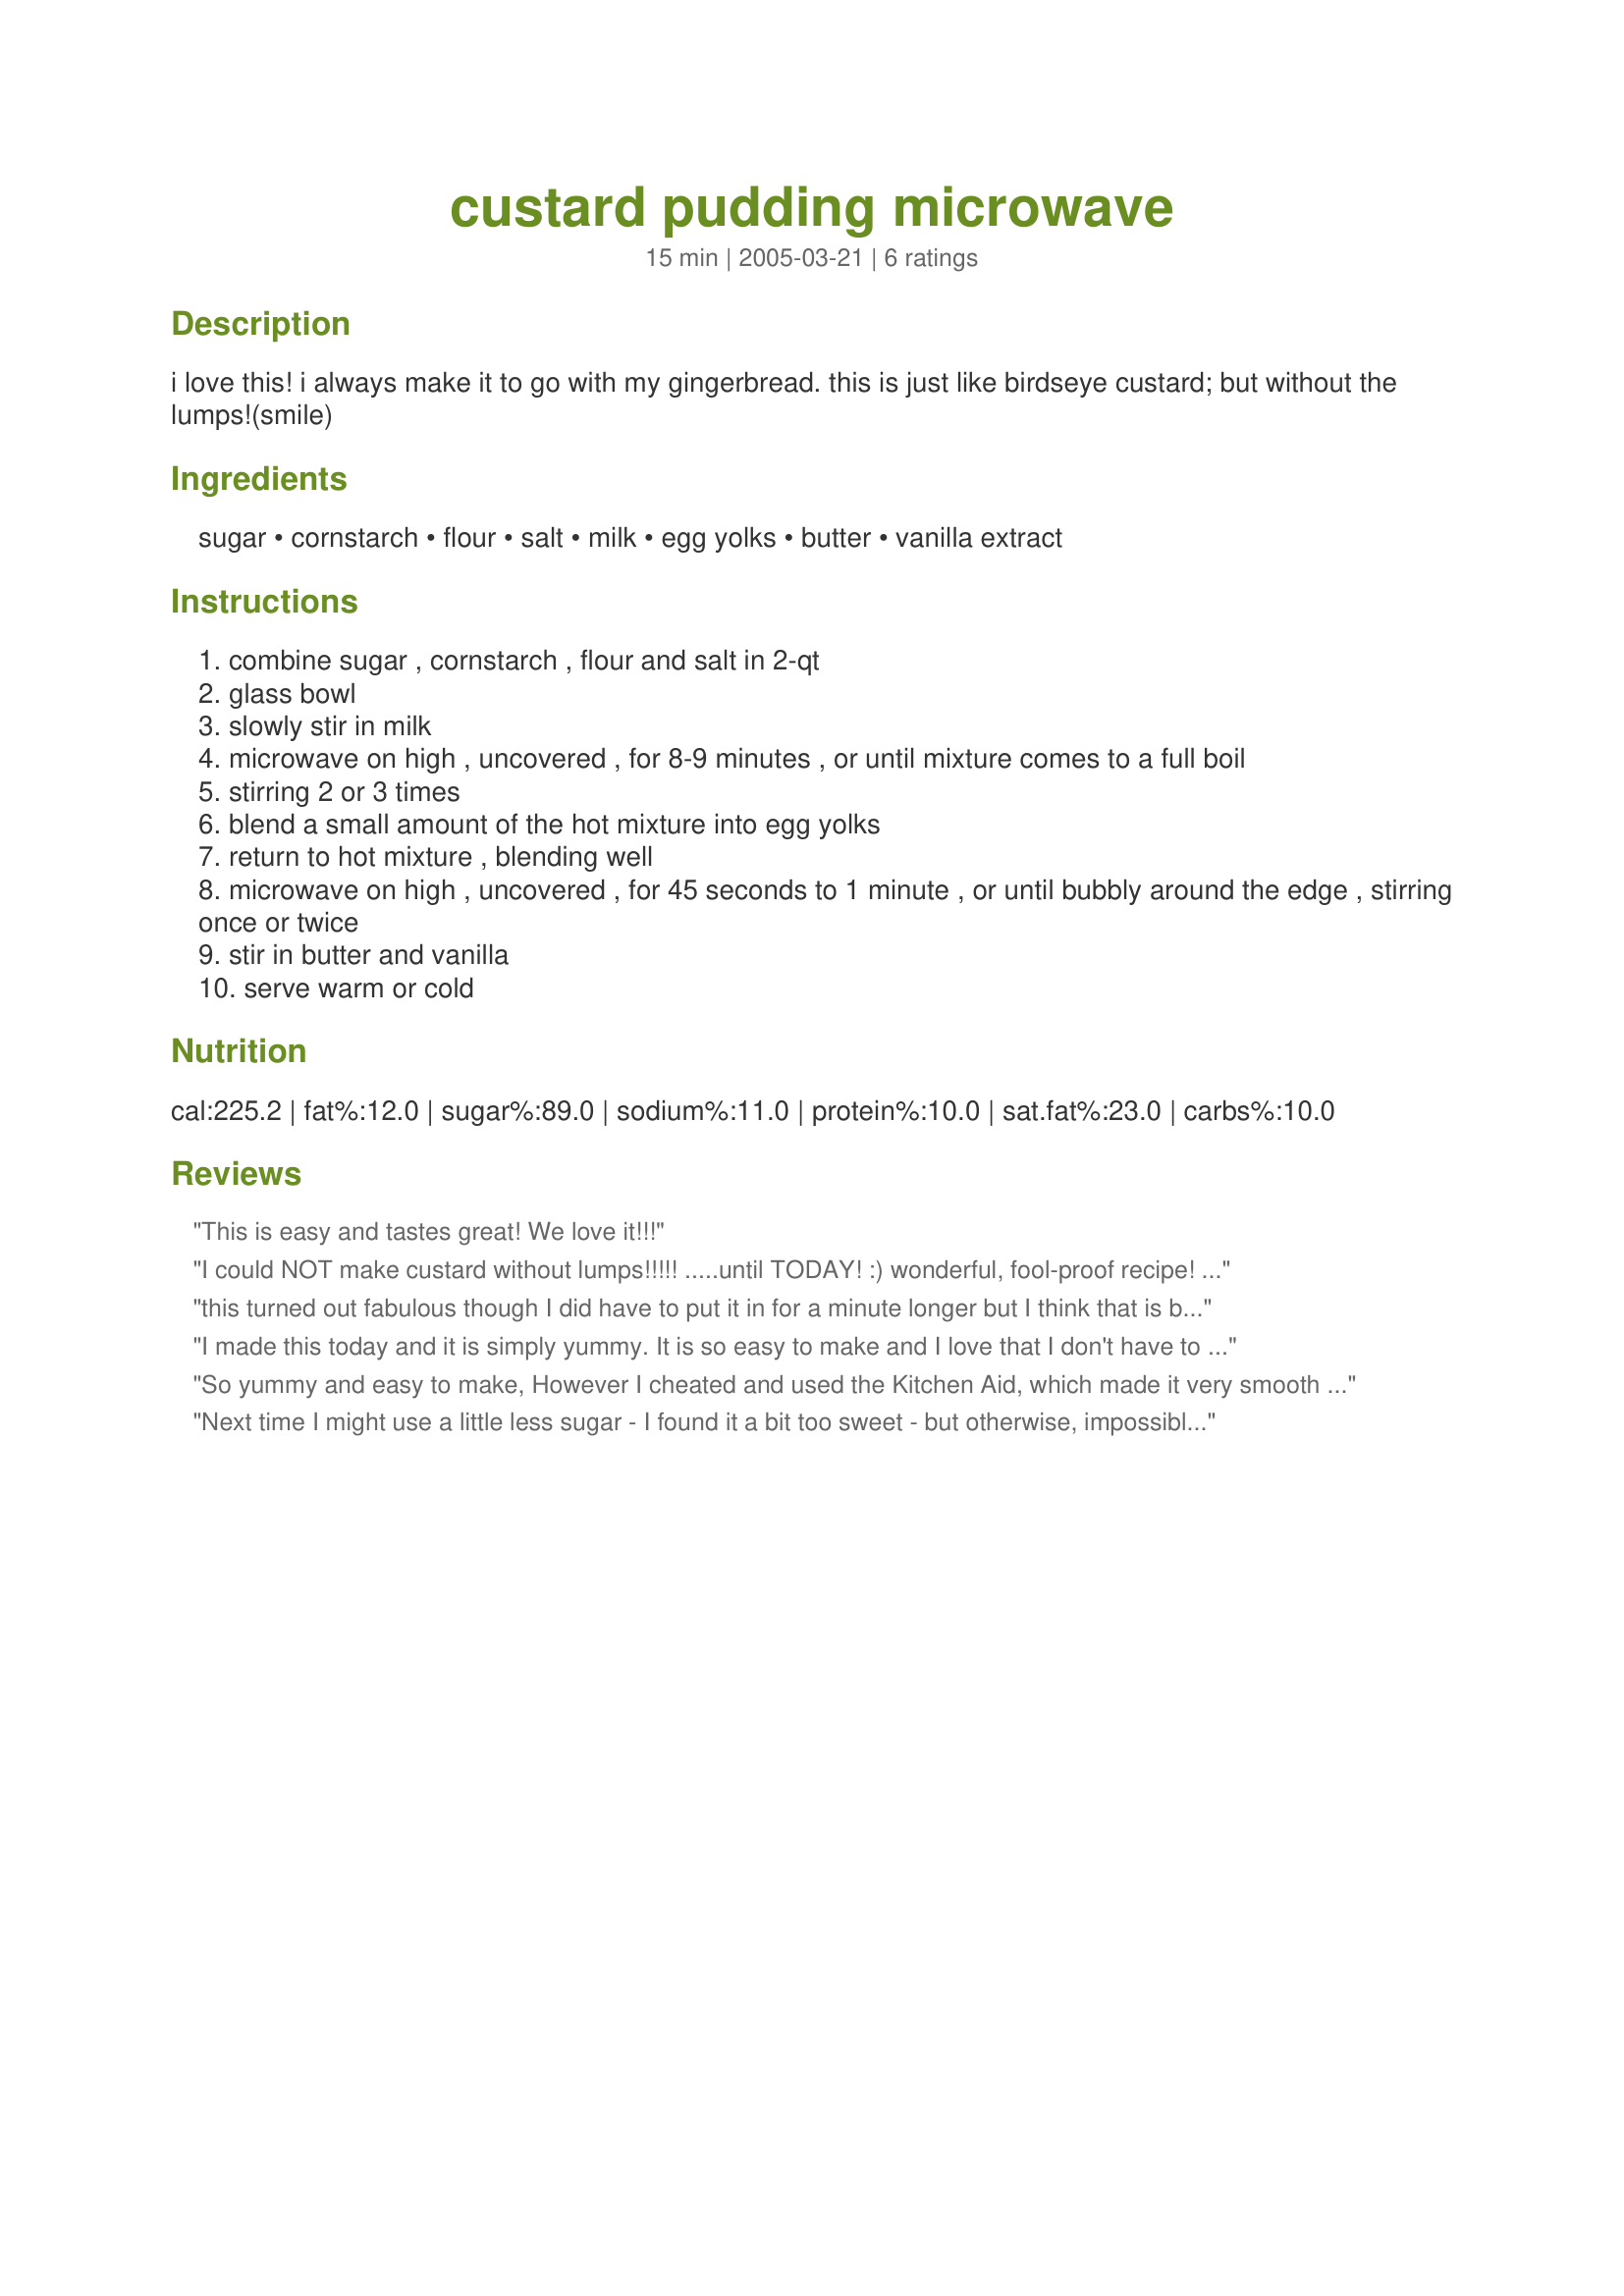
custard pudding microwave
Preparation time: 15 minutes

i love this! i always make it to go with my gingerbread.
this is just like birdseye custard; but without the lumps!(smile)

Ingredients:
sugar, cornstarch, flour, salt, milk, egg yolks, butter, vanilla extract

Steps:
combine sugar , cornstarch , flour and salt in 2-qt
glass bowl
slowly stir in milk
microwave on high , uncovered , for 8-9 minutes , or until mixture comes to a full boil
stirring 2 or 3 times
blend a small amount of the hot mixture into egg yolks
return to hot mixture , blending well
microwave on high , uncovered , for 45 seconds to 1 minute , or until bubbly around the edge , stirring once or twice
stir in butter and vanilla
serve warm or cold

Reviews:
This is easy and tastes great! We love it!!!
I could NOT make custard without lumps!!!!! .....until TODAY! :) wonderful, fool-proof recipe! YUMMMY!
this turned out fabulous though I did have to put it in for a minute longer but I think that is because I added the vanilla too soon otherwise awesome recipe thank you for posting!!!
I made this today and it is simply yummy. It is so easy to make and I love that I don't have to worry about lumps or scorching. I had some bananas that needed to be used so made banana pudding. If the egg yolks hadn't broken and got a bit in the whites, I would have made meringue to go on top. Instead, I just crushed one of the Vanilla Wafers and sprinkled the top with that. I think I'll skip dinner and just go to dessert first. Thanks for posting this!
So yummy and easy to make, However I cheated and used the Kitchen Aid, which made it very smooth and lump free. I have been craving custard but I refuse to pay $6.00 at the local grocery store. WOW - This would make a really quick and wonderful dessert for company or picky grandchildren. Thank you so much for posting. I&#039;m re-posting for my Facebook Buddies!
Next time I might use a little less sugar - I found it a bit too sweet - but otherwise, impossible to complain. I made this on the stove and it was easy. I don't think I'll be buying custard powder again!
